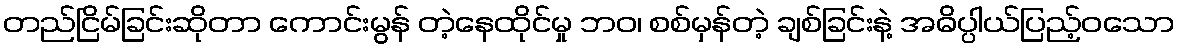
တည်ငြိမ်ခြင်းဆိုတာ ကောင်းမွန် တဲ့နေထိုင်မှု ဘဝ၊ စစ်မှန်တဲ့ ချစ်ခြင်းနဲ့ အဓိပ္ပါယ်ပြည့်ဝသော